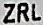
ZRL